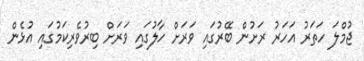
ޖުމްލަ ހަތަރު އަހަރު ރަށުން ބޭރުގައި ވަރަށް ހާލުގައި ވަރަށް ބިރުވެރިކަމުގައި އުޅެން